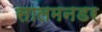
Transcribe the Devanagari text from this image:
सालमनडर